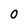
Character: 0